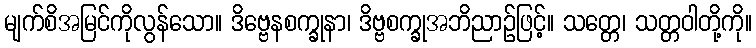
မျက်စိအမြင်ကိုလွန်သော။ ဒိဗ္ဗေနစက္ခုနာ၊ ဒိဗ္ဗစက္ခုအဘိညာဉ်ဖြင့်။ သတ္တေ၊ သတ္တဝါတို့ကို။